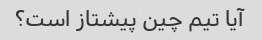
آیا تیم چین پیشتاز است؟